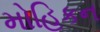
મોહિકન